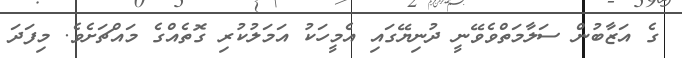
ގެ އަޒާބުން ސަލާމަތްވެވޭނީ ދުނިޔޭގައި އެމީހަކު އަމަލުކުރި ގޮތެއްގެ މައްޗަށެވެ. މިފަދަ